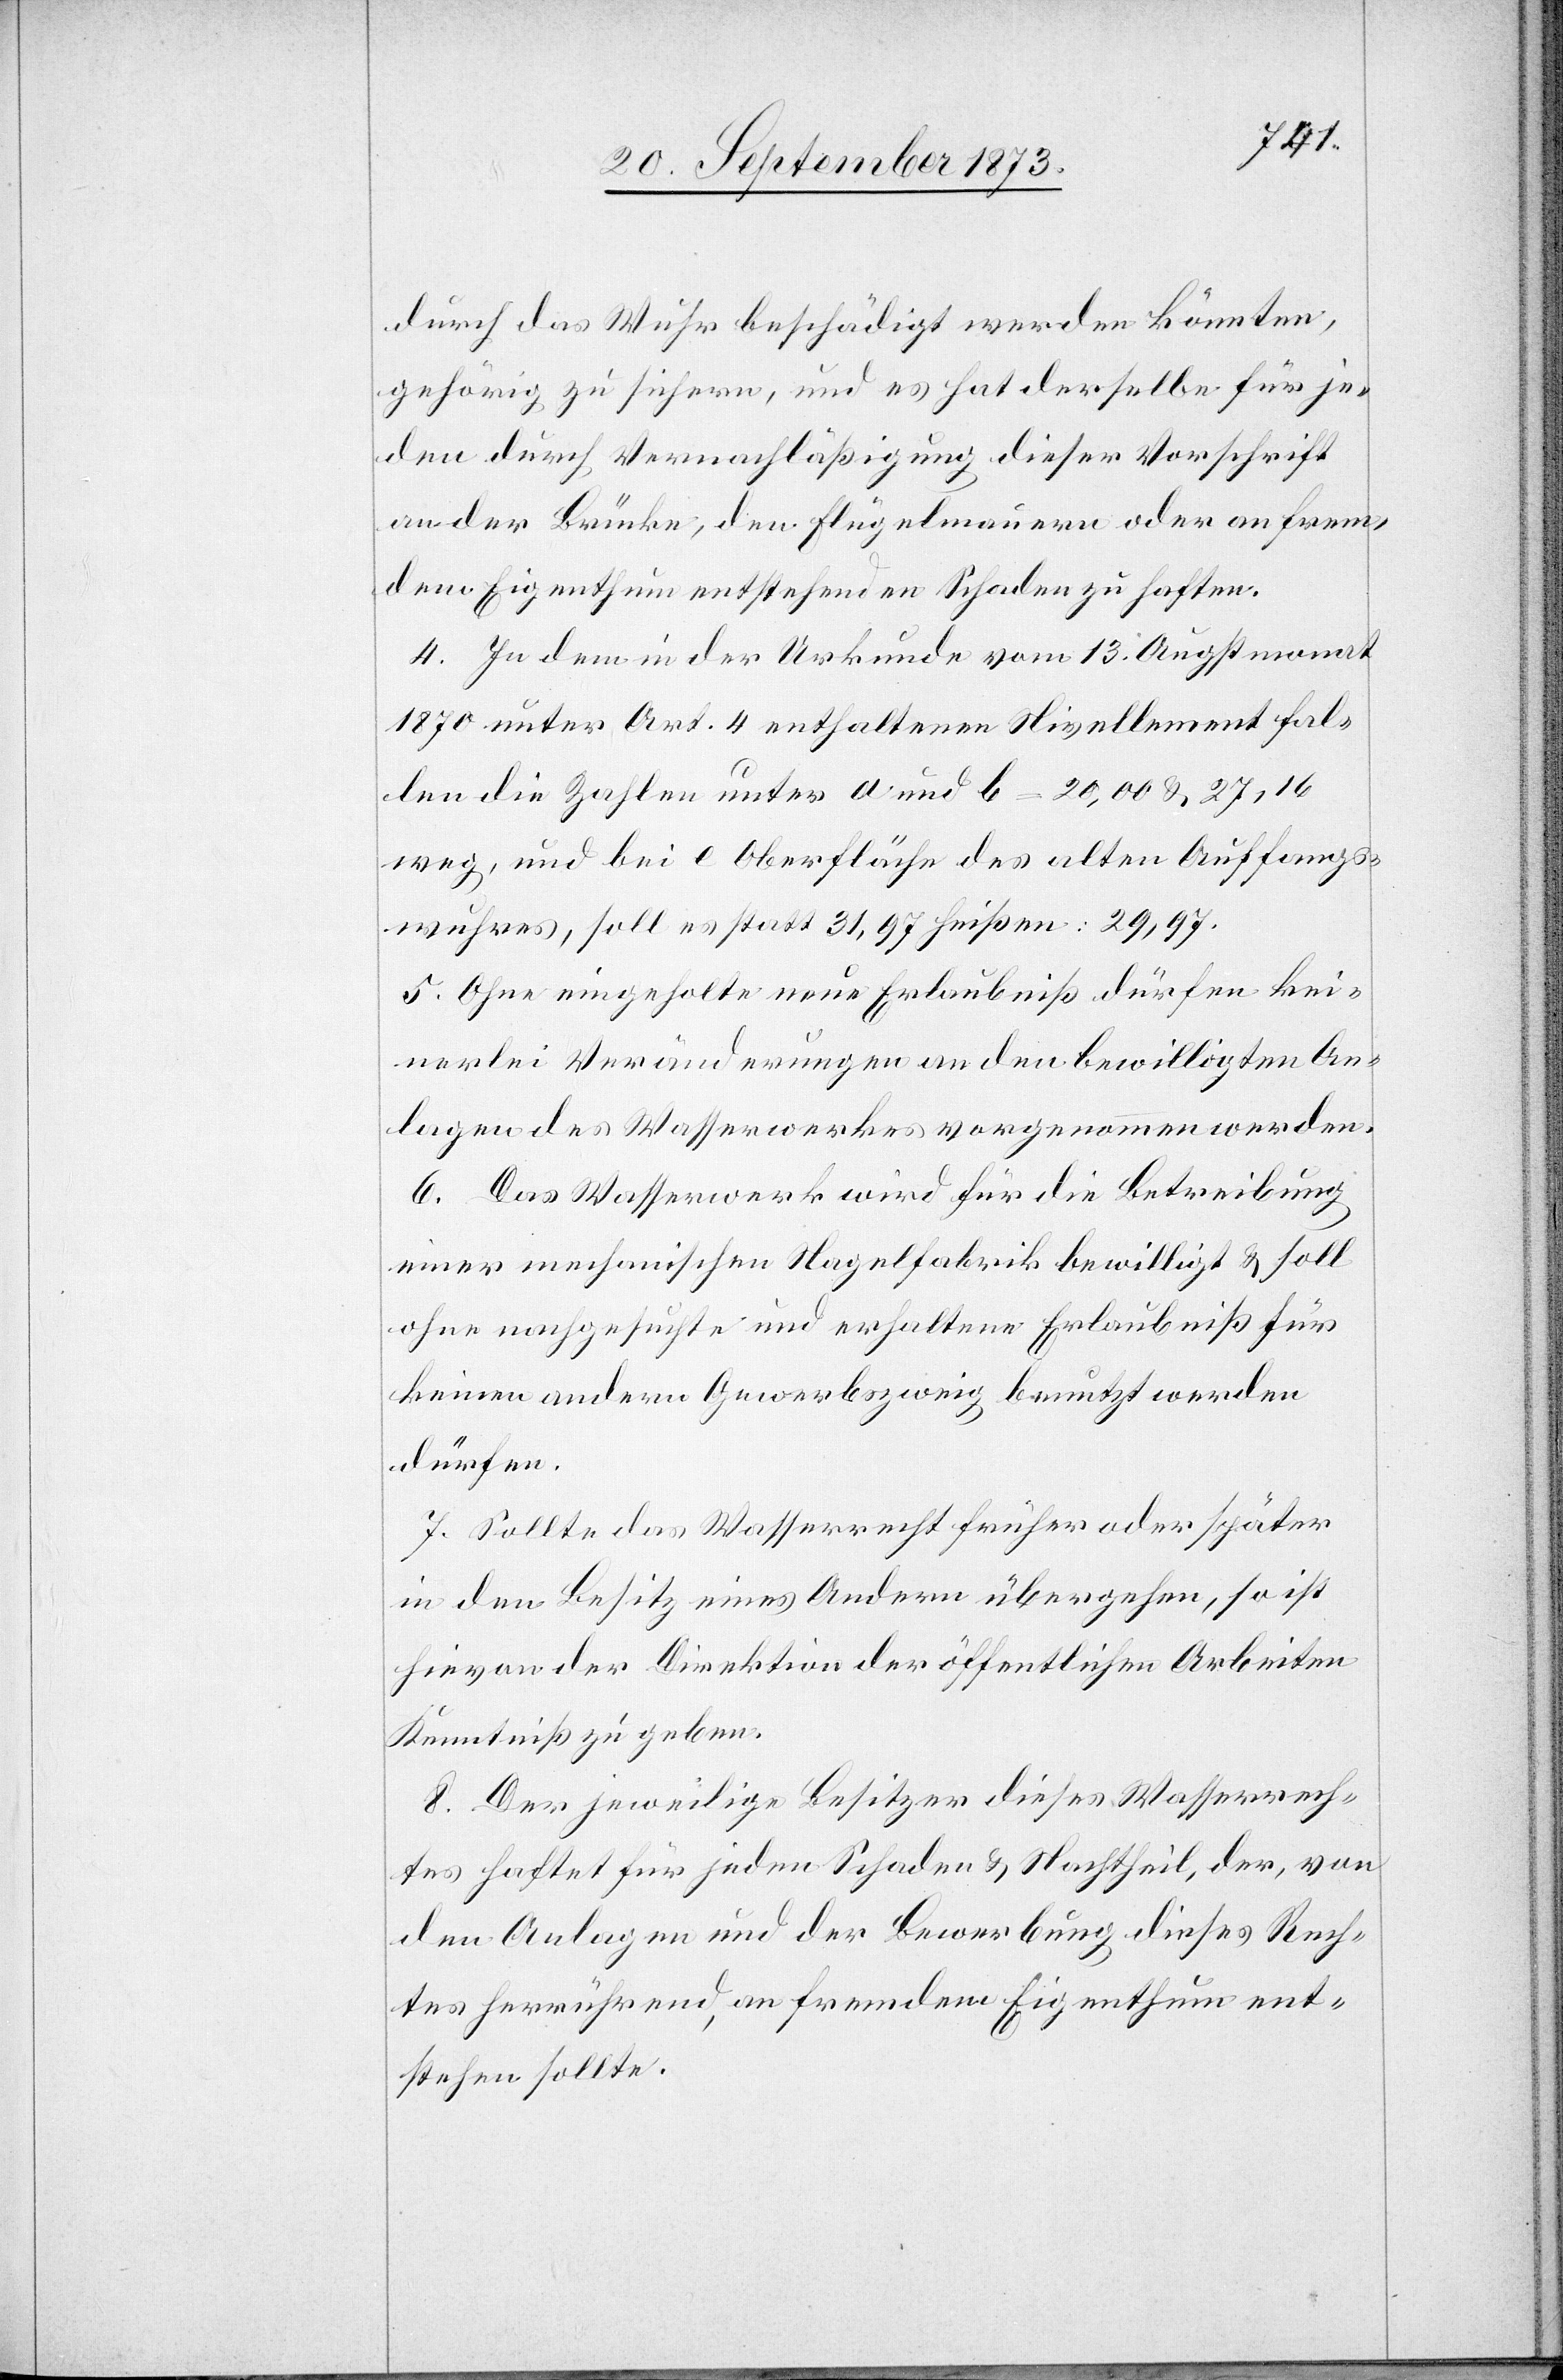
durch das Wuhr beschädigt werden könnten,
gehörig zu sichern, und es hat derselbe für je¬
den durch Vernachläßigung dieser Vorschrift
an der Brücke, den Flügelmauern oder an frem¬
dem Eigenthum entstehenden Schaden zu haften.
4. In dem in der Urkunde vom 13. Augstmonat
1870 unter Art. 4 enthaltenen Nivellement fal¬
len die Zahlen unter a und b = 20,00 & 27,16
weg, und bei e Oberfläche des alten Auffangs¬
wuhres, soll es statt 31,97 heißen: 29,97.
5. Ohne eingeholte neue Erlaubniß dürfen kei¬
nerlei Veränderungen an den bewilligten An¬
lagen des Wasserwerkes vorgenommen werden.
6. Das Wasserwerk wird für die Betreibung
einer mechanischen Nagelfabrik bewilligt & soll
ohne nachgesuchte und erhaltene Erlaubniß für
keinen andern Gewerbszweig benutzt werden
dürfen.
7. Sollte das Wasserrecht früher oder später
in den Besitz eines Andern übergehen, so ist
hievon der Direktion der öffentlichen Arbeiten
Kenntniß zu geben.
8. Der jeweilige Besitzer dieses Wasserrech¬
tes haftet für jeden Schaden & Nachtheil, der, von
den Anlagen und der Bewerbung dieses Rech¬
tes herrührend, an fremdem Eigenthum ent¬
stehen sollte.